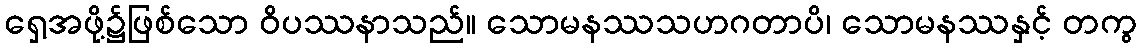
ရှေ့အဖို့၌ဖြစ်သော ဝိပဿနာသည်။ သောမနဿသဟဂတာပိ၊ သောမနဿနှင့် တကွ